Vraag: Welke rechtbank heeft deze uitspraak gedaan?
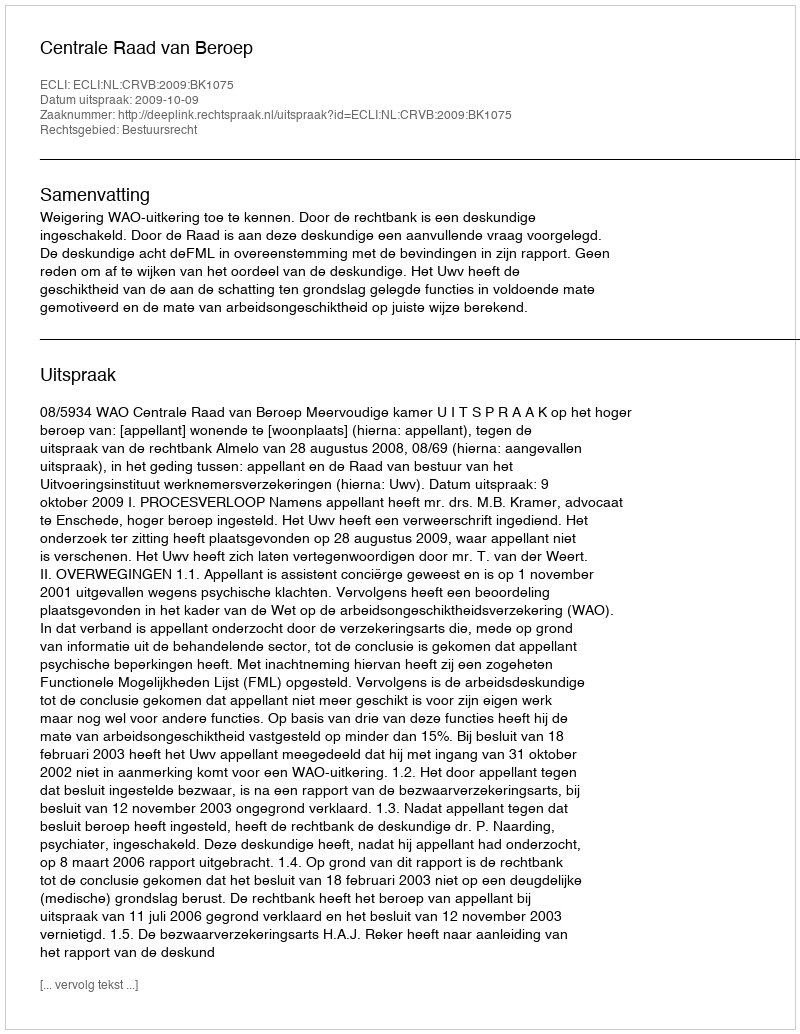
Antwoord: Centrale Raad van Beroep